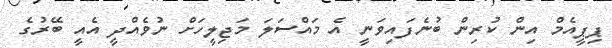
ޕިޕީއެމް އިން ކުރިން ބުނެފައިވަނީ އެ މައްސަލަ މަޖިލީހަށް ނުވެއްދީ އެއީ ބޭރުގެ